Insane asylums in Bengal annual reports 1876-1887 - 1876-1887
Year: 1876
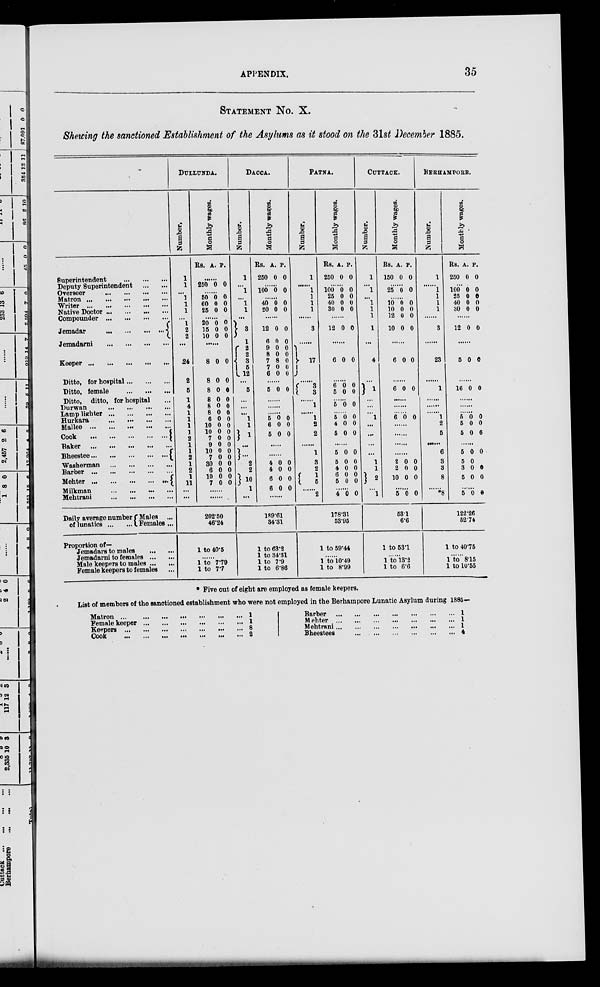
APPENDIX.
35
STATEMENT No.
X.
Showing the sanctioned Establishment of the Asylums as it stood on the 31st December 1885.
Superintendent
...
...
...
Deputy Superintendent
...
...
Overseer
...
...
...
...
Matron
...
...
...
...
...
Writer
...
...
...
...
...
Native Doctor ... ... ... ...
Compounder
...
...
...
...
Jemadar
...
...
...
...
Jemadarni
...
...
...
...
Keeper
...
...
...
...
Ditto, for hospital ... ... ...
Ditto, female ... ... ...
Ditto, ditto, for hospital ...
Durwan ... ... ... ...
Lamp lighter
...
...
...
...
Hurkara ... ... ... ... ...
Mallee
...
...
...
...
...
Cook ... ... ... ... ...
Baker
...
...
...
...
...
Bheestee
...
...
...
...
...
Washerman
...
...
...
...
Barber
...
...
...
...
Mehter
...
...
...
...
Milkman ... ... ... ...
Mehtrani
...
...
...
...
Daily average number
of lunatics
...
...
Males ...
Females ...
Proportion of—
Jemadars to males
...
...
Jemadarni to females ... ...
Male keepers to males ... ...
Female keepers to females ...
DULLUNDA.
Number.
1
1
...
1
1
1
...
1
2
2
...
24
2
5
1
4
1
1
1
1
2
1
1
2
1
2
1
11
...
...
Monthly wages.
Rs.
A. P.
........
250 0 0
........
50
60
25
0
0
0
0
0
0
.........
20
15
10
0
0
0
0
0
0
......
8
8
8
8
8
8
6
10
10
7
9
10
7
30
6
10
7
0
0
0
0
0
0
0
0
0
0
0
0
0
0
0
0
0
0
0
0
0
0
0
0
0
0
0
0
0
0
0
0
0
0
......
202.50
46.24
1 to 40.5
.......
1 to 7.79
1 to 7.7
DACCA.
Number.
1
...
1
...
1
1
...
3
1
2
2
3 5 12
...
5
...
...
...
1
1
1
...
...
2
2
10
1
...
Monthly wages.
Rs.
250
A.
0
P.
0
.........
100 0 0
.........
40
20
0
0
0
0
.........
12
6
9
8
7
7
6
0
0
0
0
8
0
0
0
0
0
0
0
0
0
.........
5 0 0
.........
.........
.........
5
6
5
0
0
0
0
0
0
......
......
4
4
6
6
0
0
0
0
0
0
0
0
......
189.61
34.31
1 to 63.2
1 to 34.31
1 to 7.9
1 to 6.86
PATNA.
Number.
1
......
1
1
1
1
......
3
......
17
......
3
3
......
1
......
1
2
2
......
1
3
2
1
5
......
2
Monthly wages.
Rs.
250
A.
0
P.
0
......
100
25
40
30
0
0
0
0
0
0
0
0
......
12 0 0
......
6 0 0
......
6
5
0
0
0
0
......
5 0 0
......
5
4
5
0
0
0
0
0
0
......
5
5
4
6
5
0
0
0
0
0
0
0
0
0
0
......
4 0 0
178.31
53.95
1 to 59.44
......
1 to 10.49
1 to 8.99
CUTTACK.
Number.
1
...
1
...
1
1
1
1
......
4
...
...
...
...
...
1
...
...
...
...
1
1
2
...
1
Monthly wages.
Rs.
150
A.
0
P.
0
......
25 0 0
......
10
10
12
10
0
0
0
0
0
0
0
0
......
6 0 0
......
6 0 0
......
......
......
6 0 0
......
......
......
......
2
2
10
0
0
0
0
0
0
......
5 0 0
53.1
6.6
1 to 53.1
......
1 to 13.2
1 to 6.6
BERHAMPORE.
Number.
1
......
1
1
1
1
......
3
......
23
...
1
...
...
...
1
2
5
......
6
3
3
8
*8
Monthly wages.
Rs.
250
A.
0
P.
0
......
100
25
40
30
0
0
0
0
0
0
0
0
......
12 0 0
......
5 0 0
.........
16 0 0
......
......
......
5
5
5
0
0
0
0
0
6
......
5
5
3
5
0
0
0
0
0
0
0
0
......
5
0 0
122.26
52.74
1 to 40.75
......
1 to 8.15
1 to 10.55
*Five out of eight are employed as female keepers.
List of members of the sanctioned establishment who were not employed in the Berhampore Lunatic Asylum during 1885—
Matron ... ... ... ... ... ... ... ...
Female keeper
...
...
...
...
...
...
Keepers ... ... ... ... ... ... ... ...
Cook ... ... ... ... ... ... ... ... ...
1
1
8
2
Barber ... ... ... ... ... ... ... ... ...
Mehter ... ... ... ... ... ... ... ... ...
Mehtrani ... ... ... ... ... ... ... ...
Bheestees ... ... ... ... ... ... ... ...
1
1
1
4